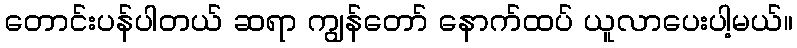
တောင်းပန်ပါတယ် ဆရာ ကျွန်တော် နောက်ထပ် ယူလာပေးပါ့မယ်။